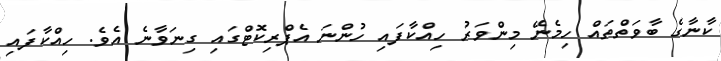
ކާނާގެ ބާވަތްތައް ހިމެނޭ މިންވަރު ހިއްކާފައި ހުންނަ އެޕްރިކޮޓްގައި ގިނަވާނެ އެވެ. ހިއްކާފައި